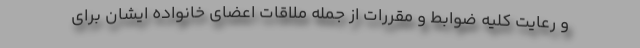
و رعایت کلیه ضوابط و مقررات از جمله ملاقات اعضای خانواده ایشان برای